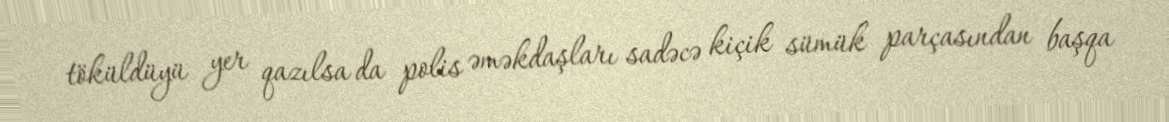
töküldüyü yer qazılsa da polis əməkdaşları sadəcə kiçik sümük parçasından başqa